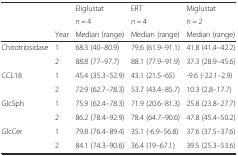
<table><thead><tr><td rowspan="3"></td><td rowspan="2"></td><td><b>Eliglustat</b></td><td><b>ERT</b></td><td><b>Miglustat</b></td></tr><tr><td><b><i>n</i> = 4</b></td><td><b><i>n</i> = 4</b></td><td><b><i>n</i> = 2</b></td></tr><tr><td><b>Year</b></td><td><b>Median (range)</b></td><td><b>Median (range)</b></td><td><b>Median (range)</b></td></tr></thead><tbody><tr><td rowspan="2">Chitotriosidase</td><td>1</td><td>68.3 (40–80.9)</td><td>79.6 (61.9–91.1)</td><td>41.8 (41.4–42.2)</td></tr><tr><td>2</td><td>88.8 (77–97.7)</td><td>88.1 (77.9–91.9)</td><td>37.3 (28.9–45.6)</td></tr><tr><td rowspan="2">CCL18</td><td>1</td><td>45.4 (35.3–52.9)</td><td>43.1 (21.5–65)</td><td>-9.6 (-22.1–2.9)</td></tr><tr><td>2</td><td>72.9 (62.7–78.3)</td><td>53.7 (43.4–85.7)</td><td>10.3 (2.8–17.7)</td></tr><tr><td rowspan="2">GlcSph</td><td>1</td><td>75.9 (62.4–78.3)</td><td>71.9 (20.6–81.3)</td><td>25.8 (23.8–27.7)</td></tr><tr><td>2</td><td>86.2 (78.4–92.9)</td><td>78.4 (64.7–90.6)</td><td>47.8 (45.4–50.2)</td></tr><tr><td rowspan="2">GlcCer</td><td>1</td><td>79.8 (76.4–89.4)</td><td>35.1 (-6.9–56.8)</td><td>37.6 (37.5–37.6)</td></tr><tr><td>2</td><td>84.1 (74.3–90.6)</td><td>36.4 (19–67.1)</td><td>39.5 (25.3–53.6)</td></tr></tbody></table>